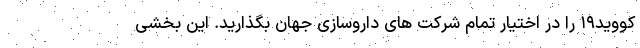
کووید۱۹ را در اختیار تمام شرکت های داروسازی جهان بگذارید. این بخشی